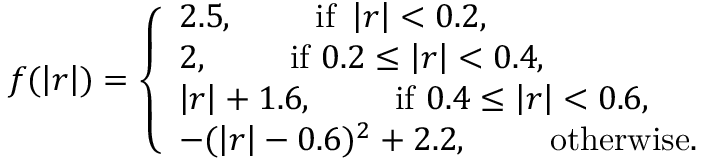
f ( \left| \boldsymbol { r } \right| ) = \left\{ \begin{array} { l l } { 2 . 5 , \qquad \mathrm { ~ i f } \ \left| \boldsymbol { r } \right| < 0 . 2 , } \\ { 2 , \qquad \mathrm { ~ i f } \ 0 . 2 \le \left| \boldsymbol { r } \right| < 0 . 4 , } \\ { \left| \boldsymbol { r } \right| + 1 . 6 , \qquad \mathrm { ~ i f } \ 0 . 4 \le \left| \boldsymbol { r } \right| < 0 . 6 , } \\ { - ( \left| \boldsymbol { r } \right| - 0 . 6 ) ^ { 2 } + 2 . 2 , \qquad \mathrm { ~ o t h e r w i s e } . } \end{array} \right.